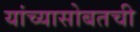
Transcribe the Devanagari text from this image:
यांच्यासोबतची